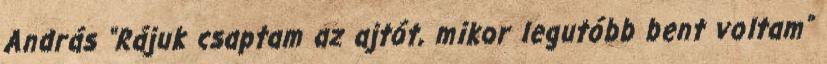
András “Rájuk csaptam az ajtót, mikor legutóbb bent voltam”